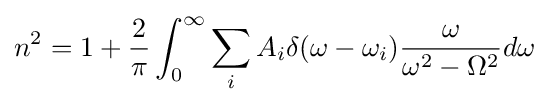
n^{2}=1+{\frac {2}{\pi }}\int _{0}^{\infty }\sum _{i}A_{i}\delta (\omega -\omega _{i}){\frac {\omega }{\omega ^{2}-\Omega ^{2}}}d\omega